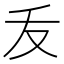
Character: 叐